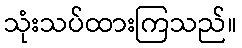
သုံးသပ်ထားကြသည်။